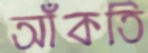
আঁকতি